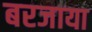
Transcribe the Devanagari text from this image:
बरजाया